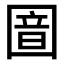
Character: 𫭏